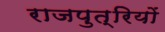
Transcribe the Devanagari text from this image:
राजपुत्रियों